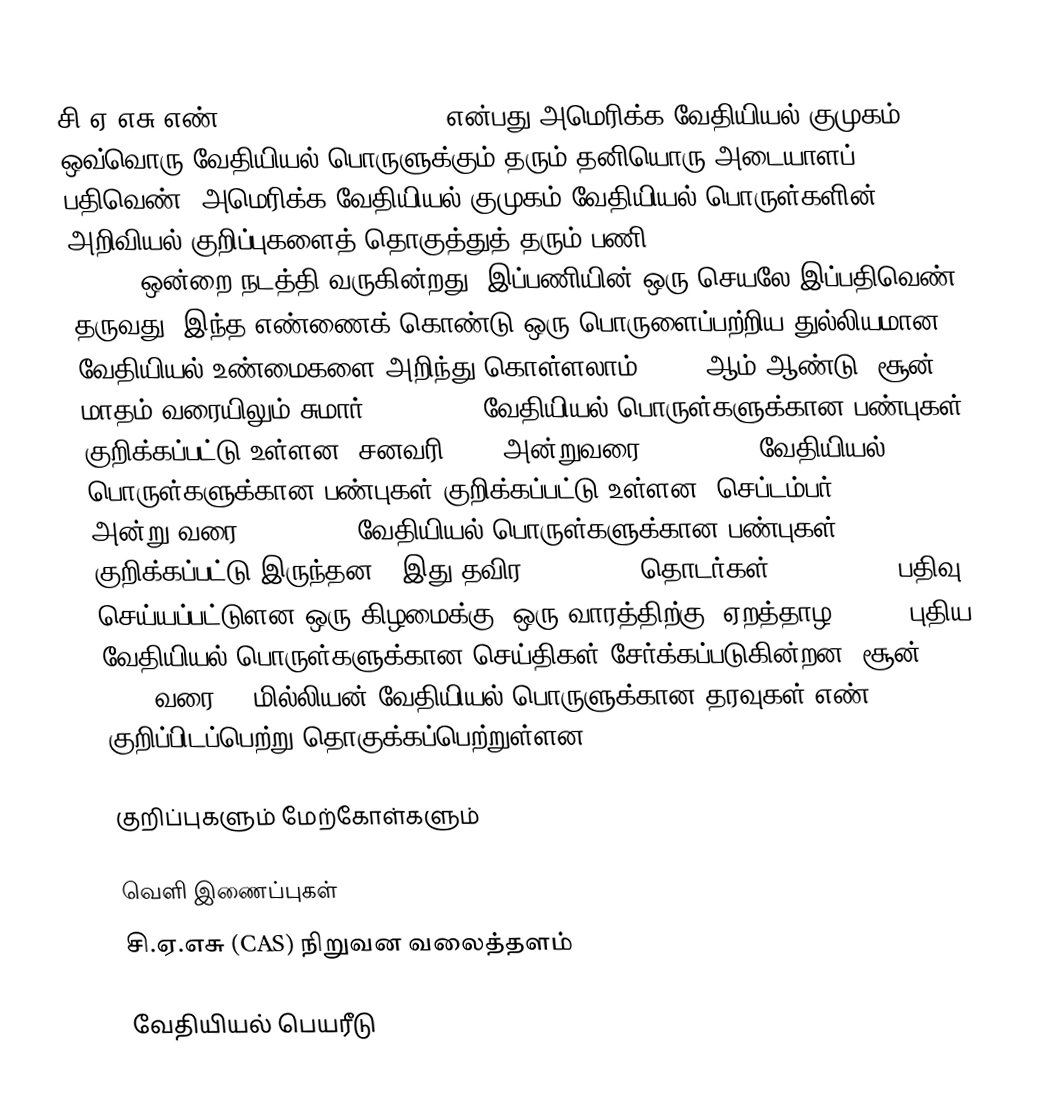
சி.ஏ.எசு எண் (CAS registry number) என்பது அமெரிக்க வேதியியல் குமுகம் ஒவ்வொரு வேதியியல் பொருளுக்கும் தரும் தனியொரு அடையாளப் பதிவெண். அமெரிக்க வேதியியல் குமுகம் வேதியியல் பொருள்களின் அறிவியல் குறிப்புகளைத் தொகுத்துத் தரும் பணி (Chemical Abstracts Service (CAS)) ஒன்றை நடத்தி வருகின்றது. இப்பணியின் ஒரு செயலே இப்பதிவெண் தருவது. இந்த எண்ணைக் கொண்டு ஒரு பொருளைப்பற்றிய துல்லியமான வேதியியல் உண்மைகளை அறிந்து கொள்ளலாம். 2006 ஆம் ஆண்டு 'சூன் மாதம் வரையிலும் சுமார் 28,250,300 வேதியியல் பொருள்களுக்கான பண்புகள் குறிக்கப்பட்டு உள்ளன. சனவரி 2008 அன்றுவரை 33,565,050 வேதியியல் பொருள்களுக்கான பண்புகள் குறிக்கப்பட்டு உள்ளன (செப்டம்பர் 11, 2007 அன்று வரை 32,449,591 வேதியியல் பொருள்களுக்கான பண்புகள் குறிக்கப்பட்டு இருந்தன). இது தவிர 59,584,048 தொடர்கள் (sequences) பதிவு செய்யப்பட்டுளன.ஒரு கிழமைக்கு (ஒரு வாரத்திற்கு) ஏறத்தாழ 50,000 புதிய வேதியியல் பொருள்களுக்கான செய்திகள் சேர்க்கப்படுகின்றன. சூன் 17, 2013 வரை 71 மில்லியன் வேதியியல் பொருளுக்கான தரவுகள் எண் குறிப்பிடப்பெற்று தொகுக்கப்பெற்றுள்ளன.

குறிப்புகளும் மேற்கோள்களும்

வெளி இணைப்புகள்
  சி.ஏ.எசு (CAS) நிறுவன வலைத்தளம்

வேதியியல் பெயரீடு